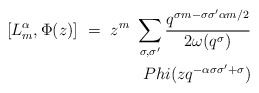
\begin{align*}[L^{\alpha}_m , \Phi(z)] \ =\ z^m \ \sum_{\sigma ,\sigma'}\frac{q^{\sigma m-\sigma \sigma' \alpha m/2}}{2\omega (q^{\sigma})}\\Phi (zq^{-\alpha \sigma \sigma'+\sigma})\end{align*}